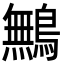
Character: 鷡